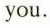
you.